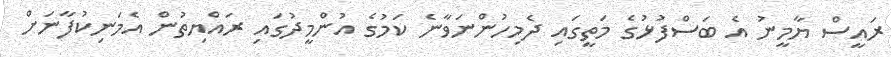
ރައީސް ޔާމީނު އެ ބަސްފުޅުގެ މަތީގައި ދެމިހުންނަވާނެ ކަމުގެ އުންމީދުގައި ރައްޔިތުން އެމަނިކުފާނަށް